system: You are a helpful assistant.
user:
Analyze the provided spectrum to determine if it is a **Carbon Star (C-type)**.

- **Key Visual Indicators of Carbon Star:**
    - **(Primary):** Strong molecular absorption from **C₂ (diatomic carbon) "Swan Bands."** This is the **defining feature** of a carbon star.
        - **(Key Bandheads):** Sharp absorption edges are visible at approximately $5635$ Å, $5165$ Å (the strongest band), and $4737$ Å.
        - **(Line Profile):** Creates a distinct **"saw-tooth"** pattern. The key morphology is a sharp, steep bandhead on the **red (long-wavelength) side**, which then gradually tapers off (i.e., flux recovers) towards the **blue (short-wavelength) side**. *(This is the direct opposite of the TiO bands seen in M-type stars)*.

    - **(Secondary):** Intense **CN (cyanogen)** molecular absorption bands.
        - **(Key Bandheads):** Located in the blue and violet regions of the spectrum (e.g., near $4215$ Å and $3883$ Å).
        - **(Morphology):** These bands are extremely broad and act as a "blanket," absorbing the vast majority of blue and violet light. This creates a characteristic **"cliff"** or **"steep drop-off"** in the spectrum's flux at short wavelengths.

    - **(Key Confirmation):** Strong **CH absorption band (G-band)**.
        - **(Key Bandhead):** Located around $4300$ Å. The contribution from CH molecules to this band is exceptionally strong.

    - **(Overall Spectrum):**
        - The continuum is severely "chopped up" by these deep molecular bands, especially C₂, rather than appearing as a smooth curve.
        - Due to the heavy CN and C₂ absorption in the blue-green, the vast majority of the star's flux is concentrated in the red part of the spectrum, giving the star its characteristic deep red color.

Think first, call **spectral_visualization_tool** if needed to examine features in detail, then provide your final answer. Your response must adhere to the following strict rules:
1.  **Overall Structure:** Your response must follow the format `<think>...</think> <tool_call>...</tool_call> (if a tool is used) <answer>...</answer>`.
2.  **Tool Usage Constraint:** You may only make **one** tool call per turn.
3.  **Final Answer Format:** In the `<answer>` tag, your conclusion must be inside a `\boxed{}` command (e.g., `\boxed{YES}`), followed by your justification.

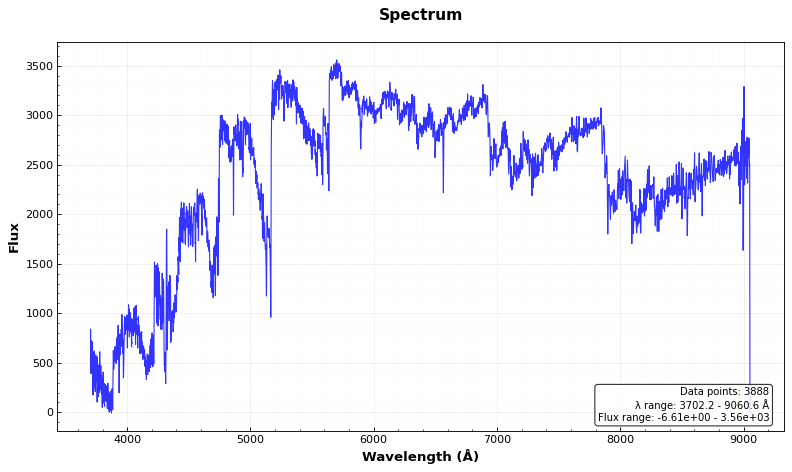
Answer: YES